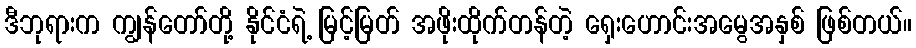
ဒီဘုရားက ကျွန်တော်တို့ နိုင်ငံရဲ့ မြင့်မြတ် အဖိုးထိုက်တန်တဲ့ ရှေးဟောင်းအမွေအနှစ် ဖြစ်တယ်။